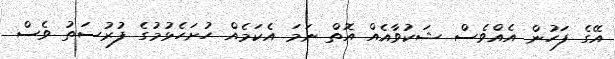
އޭގެ ފަހުން އެއްވެސް ޝަކުވާއެއް އޮތް ނަމަ އެކަމެއް ހުށަހެޅުމުގެ ފުރުސަތު ވެސް